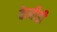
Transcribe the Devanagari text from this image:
केनीडी